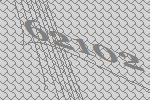
62102